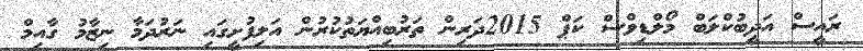
ރައީސް އަދީބުކްލަބް މޯލްޑިވްސް ކަޕް 2015ދަރިން ތަރުބިއްޔަތުކުރުން އަލިފުށީގައި ނަރުދަމާ ނިޒާމު ގާއިމް